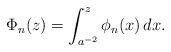
LaTeX: \begin{align*}\Phi_{n}(z) = \int_{a^{-2}}^{z} \phi_{n}(x) \, dx .\end{align*}